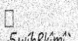
٣